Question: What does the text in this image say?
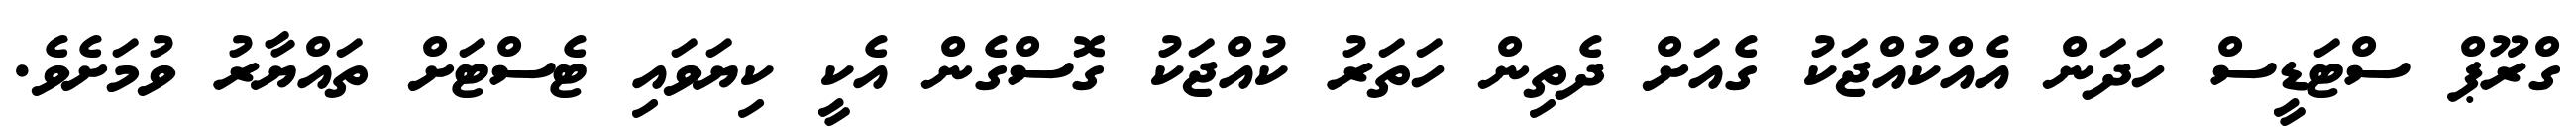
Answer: ގްރޫޕް ސްޓަޑީސް ހަދަން އެއްކުއްޖަކު ގެއަށް ދެތިން ހަތަރު ކުއްޖަކު ގޮސްގެން އެކީ ކިޔަވައި ޓެސްޓަށް ތައްޔާރު ވުމަށެވެ.